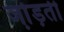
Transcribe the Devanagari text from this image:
जो़ड़ती